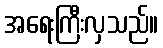
အရေးကြီးလှသည်။